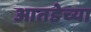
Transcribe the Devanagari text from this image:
आतडेच्या